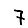
Digit: 7